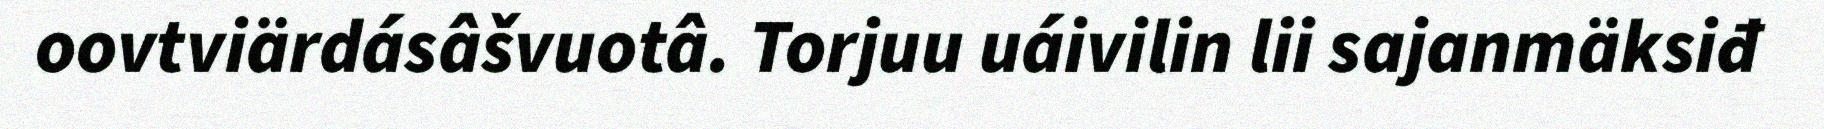
oovtviärdásâšvuotâ. Torjuu uáivilin lii sajanmäksiđ